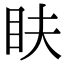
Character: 𥄑